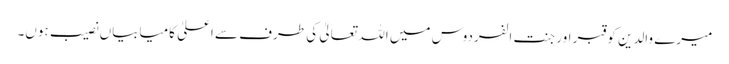
میرے والدین کو قبر اور جنت الفردوس میں اللہ تعالیٰ کی طرف سے اعلیٰ کامیابیاں نصیب ہوں۔